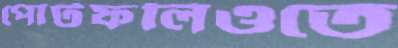
পোর্টফলিওতে